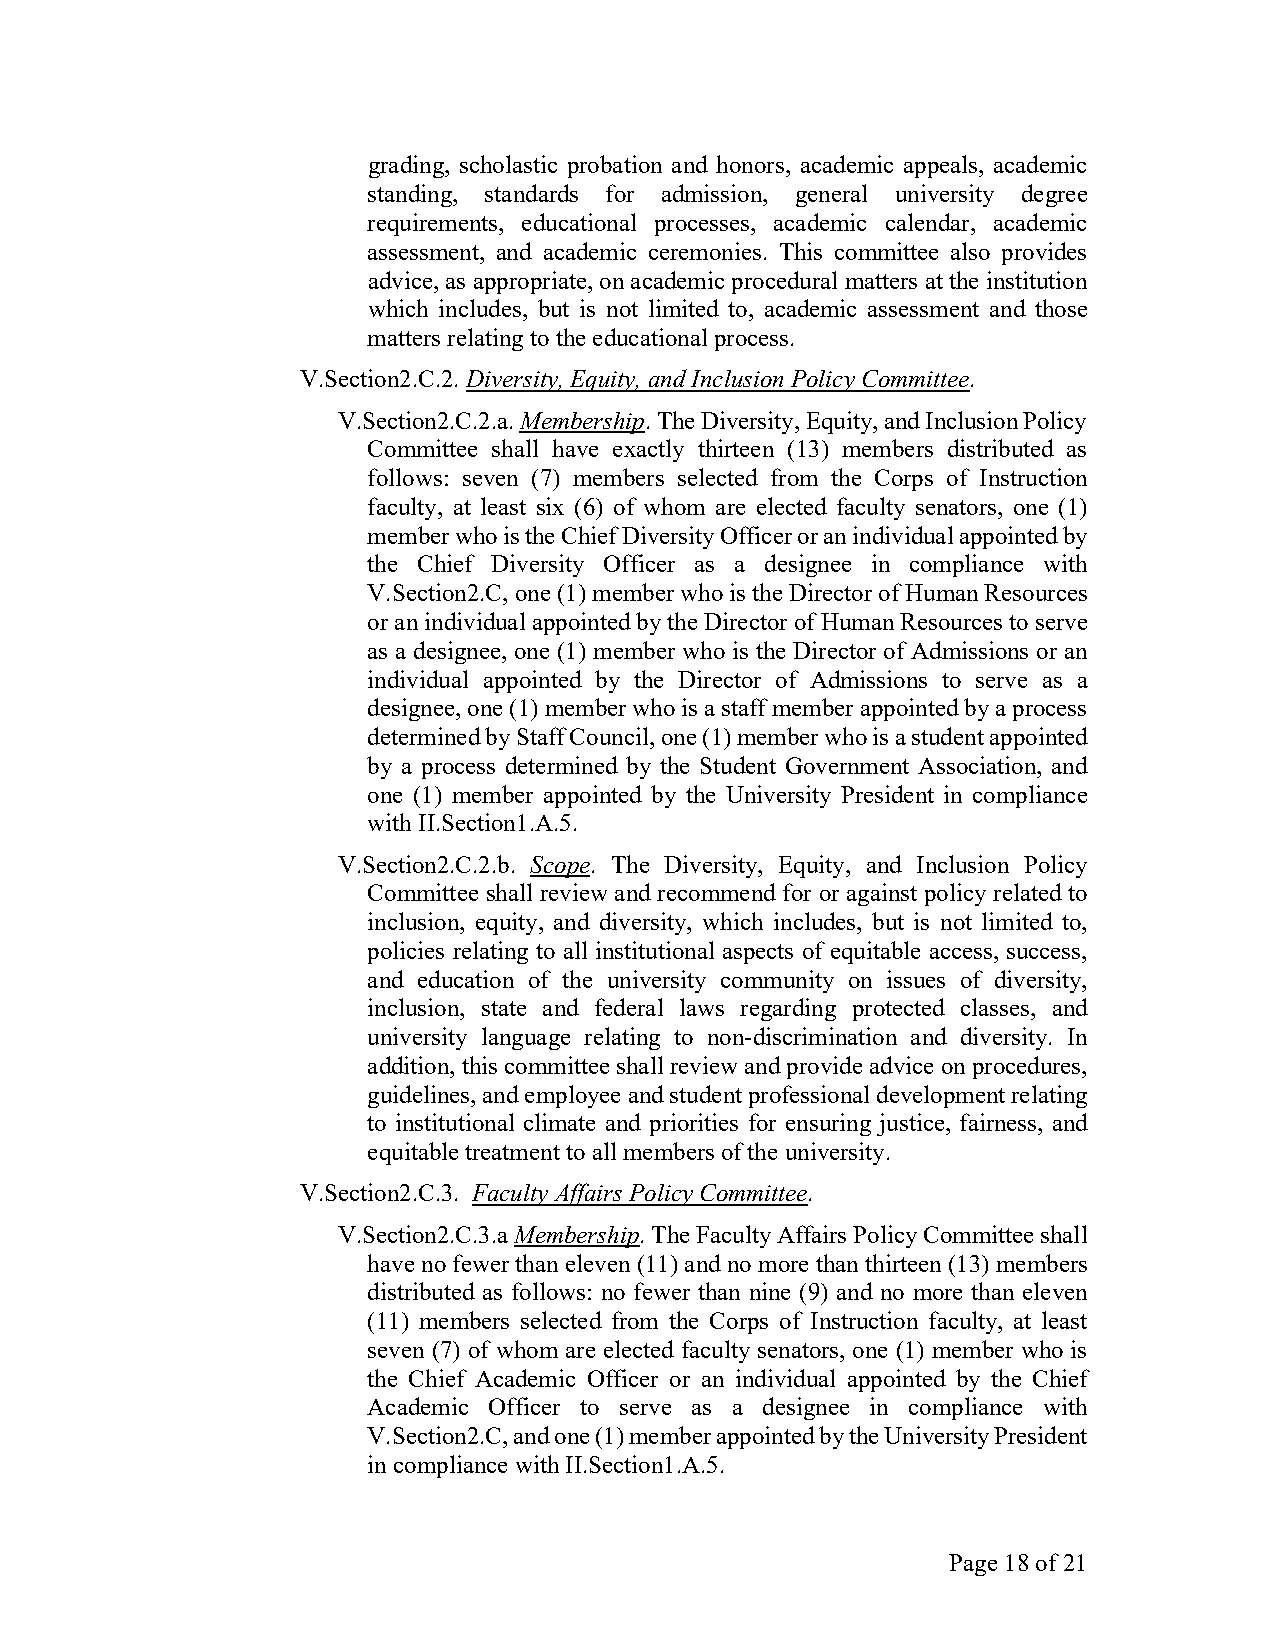
grading, scholastic probation and honors, academic appeals, academic
 standing, standards for admission, general university degree
 requirements, educational processes, academic calendar, academic
 assessment, and academic ceremonies. This committee also provides
 advice, as appropriate, on academic procedural matters at the institution
 which includes, but is not limited to, academic assessment and those
 matters relating to the educational process.
 V.Section2.C.2. Diversity, Equity, and Inclusion Policy Committee.
 V.Section2.C.2.a. Membership. The Diversity, Equity, and Inclusion Policy
 Committee shall have exactly thirteen (13) members distributed as
 follows: seven (7) members selected from the Corps of Instruction
 faculty, at least six (6) of whom are elected faculty senators, one (1)
 member who is the Chief Diversity Officer or an individual appointed by
 the Chief Diversity Officer as a designee in compliance with
 V.Section2.C, one (1) member who is the Director of Human Resources
 or an individual appointed by the Director of Human Resources to serve
 as a designee, one (1) member who is the Director of Admissions or an
 individual appointed by the Director of Admissions to serve as a
 designee, one (1) member who is a staff member appointed by a process
 determined by Staff Council, one (1) member who is a student appointed
 by a process determined by the Student Government Association, and
 one (1) member appointed by the University President in compliance
 with II.Section1.A.5.
 V.Section2.C.2.b. Scope. The Diversity, Equity, and Inclusion Policy
 Committee shall review and recommend for or against policy related to
 inclusion, equity, and diversity, which includes, but is not limited to,
 policies relating to all institutional aspects of equitable access, success,
 and education of the university community on issues of diversity,
 inclusion, state and federal laws regarding protected classes, and
 university language relating to non-discrimination and diversity. In
 addition, this committee shall review and provide advice on procedures,
 guidelines, and employee and student professional development relating
 to institutional climate and priorities for ensuring justice, fairness, and
 equitable treatment to all members of the university.
 V.Section2.C.3. Faculty Affairs Policy Committee.
 V.Section2.C.3.a Membership. The Faculty Affairs Policy Committee shall
 have no fewer than eleven (11) and no more than thirteen (13) members
 distributed as follows: no fewer than nine (9) and no more than eleven
 (11) members selected from the Corps of Instruction faculty, at least
 seven (7) of whom are elected faculty senators, one (1) member who is
 the Chief Academic Officer or an individual appointed by the Chief
 Academic Officer to serve as a designee in compliance with
 V.Section2.C, and one (1) member appointed by the University President
 in compliance with II.Section1.A.5.
 Page 18 of 21